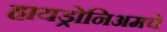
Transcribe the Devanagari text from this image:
हायड्रोनिअमचे